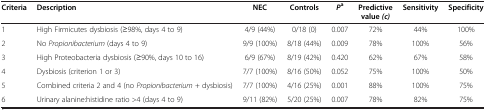
| Criteria | Description | NEC | Controls | Pa | Predictive value (c) | Sensitivity | Specificity |
 | --- | --- | --- | --- | --- | --- | --- | --- |
 | 1 | High Firmicutes dysbiosis (≥98%, days 4 to 9) | 4/9 (44%) | 0/18 (0) | 0.007 | 72% | 44% | 100% |
 | 2 | No Propionibacterium (days 4 to 9) | 9/9 (100%) | 8/18 (44%) | 0.009 | 78% | 100% | 56% |
 | 3 | High Proteobacteria dysbiosis (≥90%, days 10 to 16) | 6/9 (67%) | 8/19 (42%) | 0.420 | 62% | 67% | 58% |
 | 4 | Dysbiosis (criterion 1 or 3) | 7/7 (100%) | 8/16 (50%) | 0.052 | 75% | 100% | 50% |
 | 5 | Combined criteria 2 and 4 (no Propionibacterium + dysbiosis) | 7/7 (100%) | 4/16 (25%) | 0.001 | 88% | 100% | 75% |
 | 6 | Urinary alanine:histidine ratio >4 (days 4 to 9) | 9/11 (82%) | 5/20 (25%) | 0.007 | 78% | 82% | 75% |